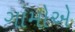
ગામોએ